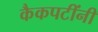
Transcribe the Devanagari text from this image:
कैकपटींनी